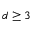
d \ge 3